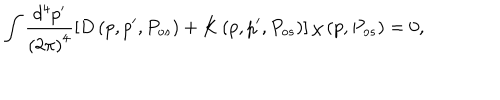
\int \frac { d ^ { 4 } p ^ { \prime } } { \left( 2 \pi \right) ^ { 4 } } \left[ { D } \left( p , p ^ { \prime } , P _ { o s } \right) + { K } \left( p , p ^ { \prime } , P _ { o s } \right) \right] { \chi } \left( p , P _ { o s } \right) = 0 ,